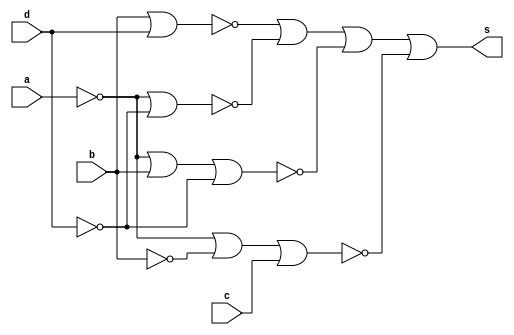
// Nome: Raphaela Fernanda Silva
// Matrcula: 420141

module simplQM ( s,a,b,c,d );

output s;
input a,b,c,d;
wire s1,s2,s3,s4,s5,s6,s7,s8,s9,s10,s11,s12,s13,s14,s15,s16,s17;


nor NOR1 (s1,b,b);
nor NOR2 (s2,d,d);
nor NOR3 (s3,s1,s1);
nor NOR4 (s4,s2,s2);
nor NOR5 (s5,s3,s4);
nor NOR6 (s6,a,a);
nor NOR7 (s7,d,d);
nor NOR8 (s8,s6,s7);
nor NOR9 (s9,a,a);
nor NOR10 (s10,d,d);
nor NOR11 (s11,s9,b,s10);
nor NOR12 (s12,a,a);
nor NOR13 (s13,b,b);
nor NOR14 (s14,c,c);
nor NOR15 (s15,s14,s14);
nor NOR16 (s16,s12,s13,s15);
nor NOR17 (s17,s5,s8,s11,s16);
nor NOR18 (s,s17,s17);

endmodule

module testQM;
reg a,b,c,d;
wire s;

simplQM  QM ( s,a,b,c,d );

initial begin:start
        a=0; b=0; c=0; d=0;
end

initial begin: main
#1 $display (" Exercicio 05 - Guia8 com porta NOR ");
#1 $display (" a   b   c   d  =   s ");
  $monitor (" %b   %b   %b   %b  =   %b ",a,b,c,d,s);
           #1 a=0;    b=0;   c=0;   d=1;
			  #1 a=0;    b=0;   c=1;   d=0;
			  #1 a=0;    b=0;   c=1;   d=1;
			  #1 a=0;    b=1;   c=0;   d=0;
			  #1 a=0;    b=1;   c=0;   d=1;
			  #1 a=0;    b=1;   c=1;   d=0;
			  #1 a=0;    b=1;   c=1;   d=1;
			  #1 a=1;    b=0;   c=0;   d=0;
			  #1 a=1;    b=0;   c=0;   d=1;
			  #1 a=1;    b=0;   c=1;   d=0;
			  #1 a=1;    b=0;   c=1;   d=1;
			  #1 a=1;    b=1;   c=0;   d=0;
			  #1 a=1;    b=1;   c=0;   d=1;
			  #1 a=1;    b=1;   c=1;   d=0;
			  #1 a=1;    b=1;   c=1;   d=1;
			  
			  
			  
end
endmodule